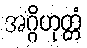
အဂ္ဂိဟုတ္တံ